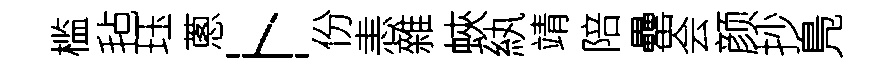
槛毡珏蔥卜份恚雜蛺紈靖陪罍会颜抄鳬